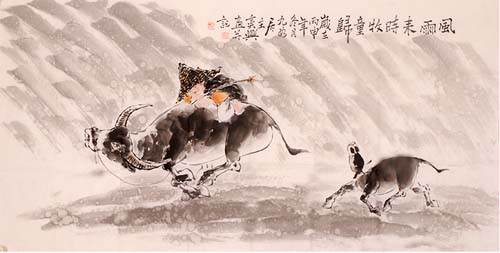
风雨送人来，风雨留人住。